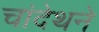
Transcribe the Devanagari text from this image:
चांदेथने